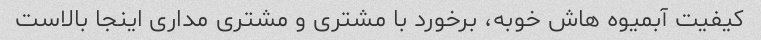
کیفیت آبمیوه هاش خوبه، برخورد با مشتری و مشتری مداری اینجا بالاست